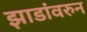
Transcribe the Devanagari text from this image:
झाडांवरुन